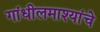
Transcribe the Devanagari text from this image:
गांधीलमाश्यांचे